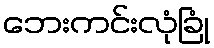
ဘေးကင်းလုံခြုံ